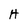
Character: H